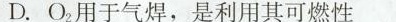
D.O_{2} 用于气焊，是利用其可燃性